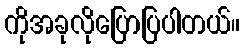
ကိုအခုလိုပြောပြပါတယ်။